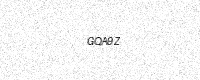
Text: GQA9Z